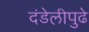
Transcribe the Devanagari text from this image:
दंडेलीपुढे